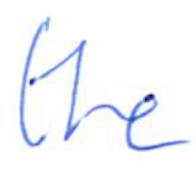
Text: the
Cross-out: clean
Writing tool: ballpoint